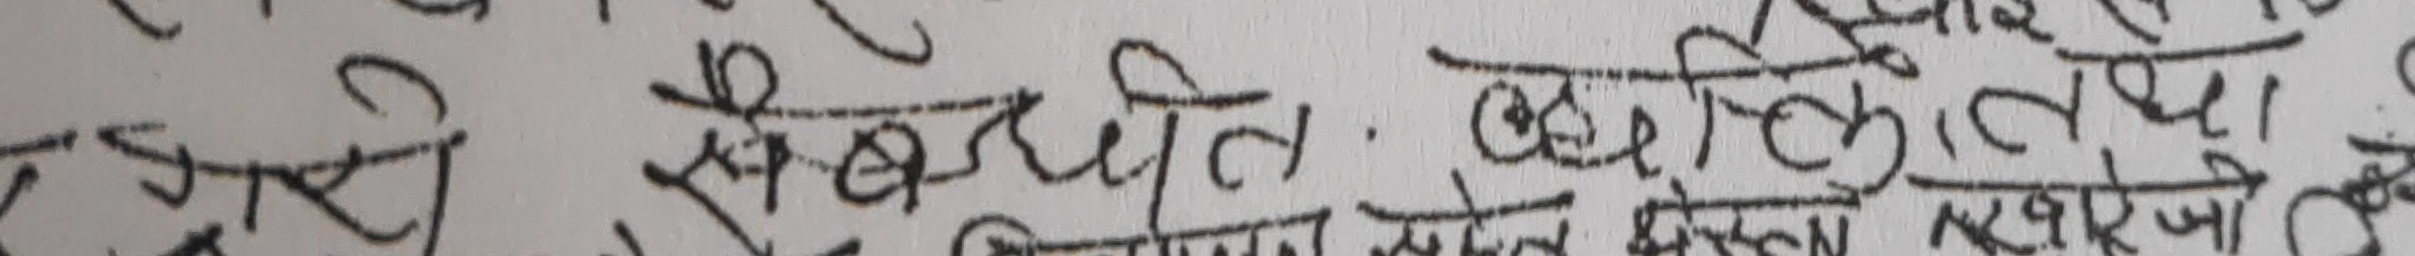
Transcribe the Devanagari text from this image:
सम्बन्धित व्यक्तिले वा